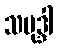
သမုဒ္ဒါ